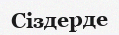
Сіздерде